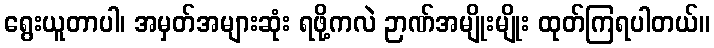
ရွေးယူတာပါ၊ အမှတ်အများဆုံး ရဖို့ကလဲ ဉာဏ်အမျိုးမျိုး ထုတ်ကြရပါတယ်။